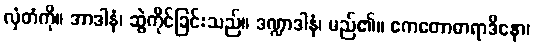
လှံတံကို။ အာဒါနံ၊ ဆွဲကိုင်ခြင်းသည်။ ဒဏ္ဍာဒါနံ၊ မည်၏။ ဧကတောဓာရာဒိနော၊